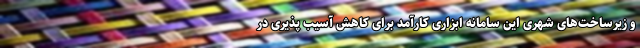
و زیرساخت‌های شهری این سامانه ابزاری کارآمد برای کاهش آسیب پذیری در